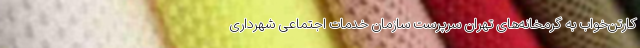
کارتن‌خواب به گرمخانه‌های تهران سرپرست سازمان خدمات اجتماعی شهرداری